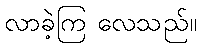
လာခဲ့ကြ လေသည်။